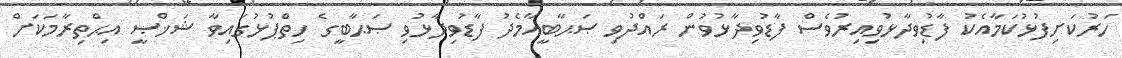
ހަރުކަށިފުޅުކަމާއެކު ފާޑުވިދާޅުވިއިރުވެސް ފާޑުވިދާޅުވުން ރައްދުވި ޞަޙާބީއާމެދު ފާޑުވިދާޅުވި ޞަޙާބީގެ ހިތްޕުޅުގައިވާ ޝަޚްޞީ އިޙްތިރާމަކަށް